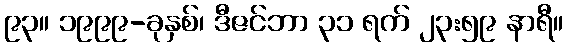
၉၃။ ၁၉၉၉-ခုနှစ်၊ ဒီဇင်ဘာ ၃၁ ရက် ၂၃:၅၉ နာရီ။